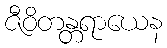
ဇီဝိတန္တရာယေန